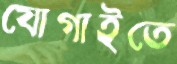
যোগাইতে